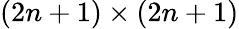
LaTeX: (2n+1)\times(2n+1)